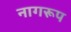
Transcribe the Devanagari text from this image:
नागरूप